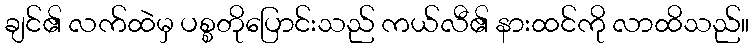
ချင်၏ လက်ထဲမှ ပစ္စတိုပြောင်းသည် ကယ်လီ၏ နားထင်ကို လာထိသည်။